38_143685_box7_Incident_Summaries_1-100
Agency: Department of War
Page 208
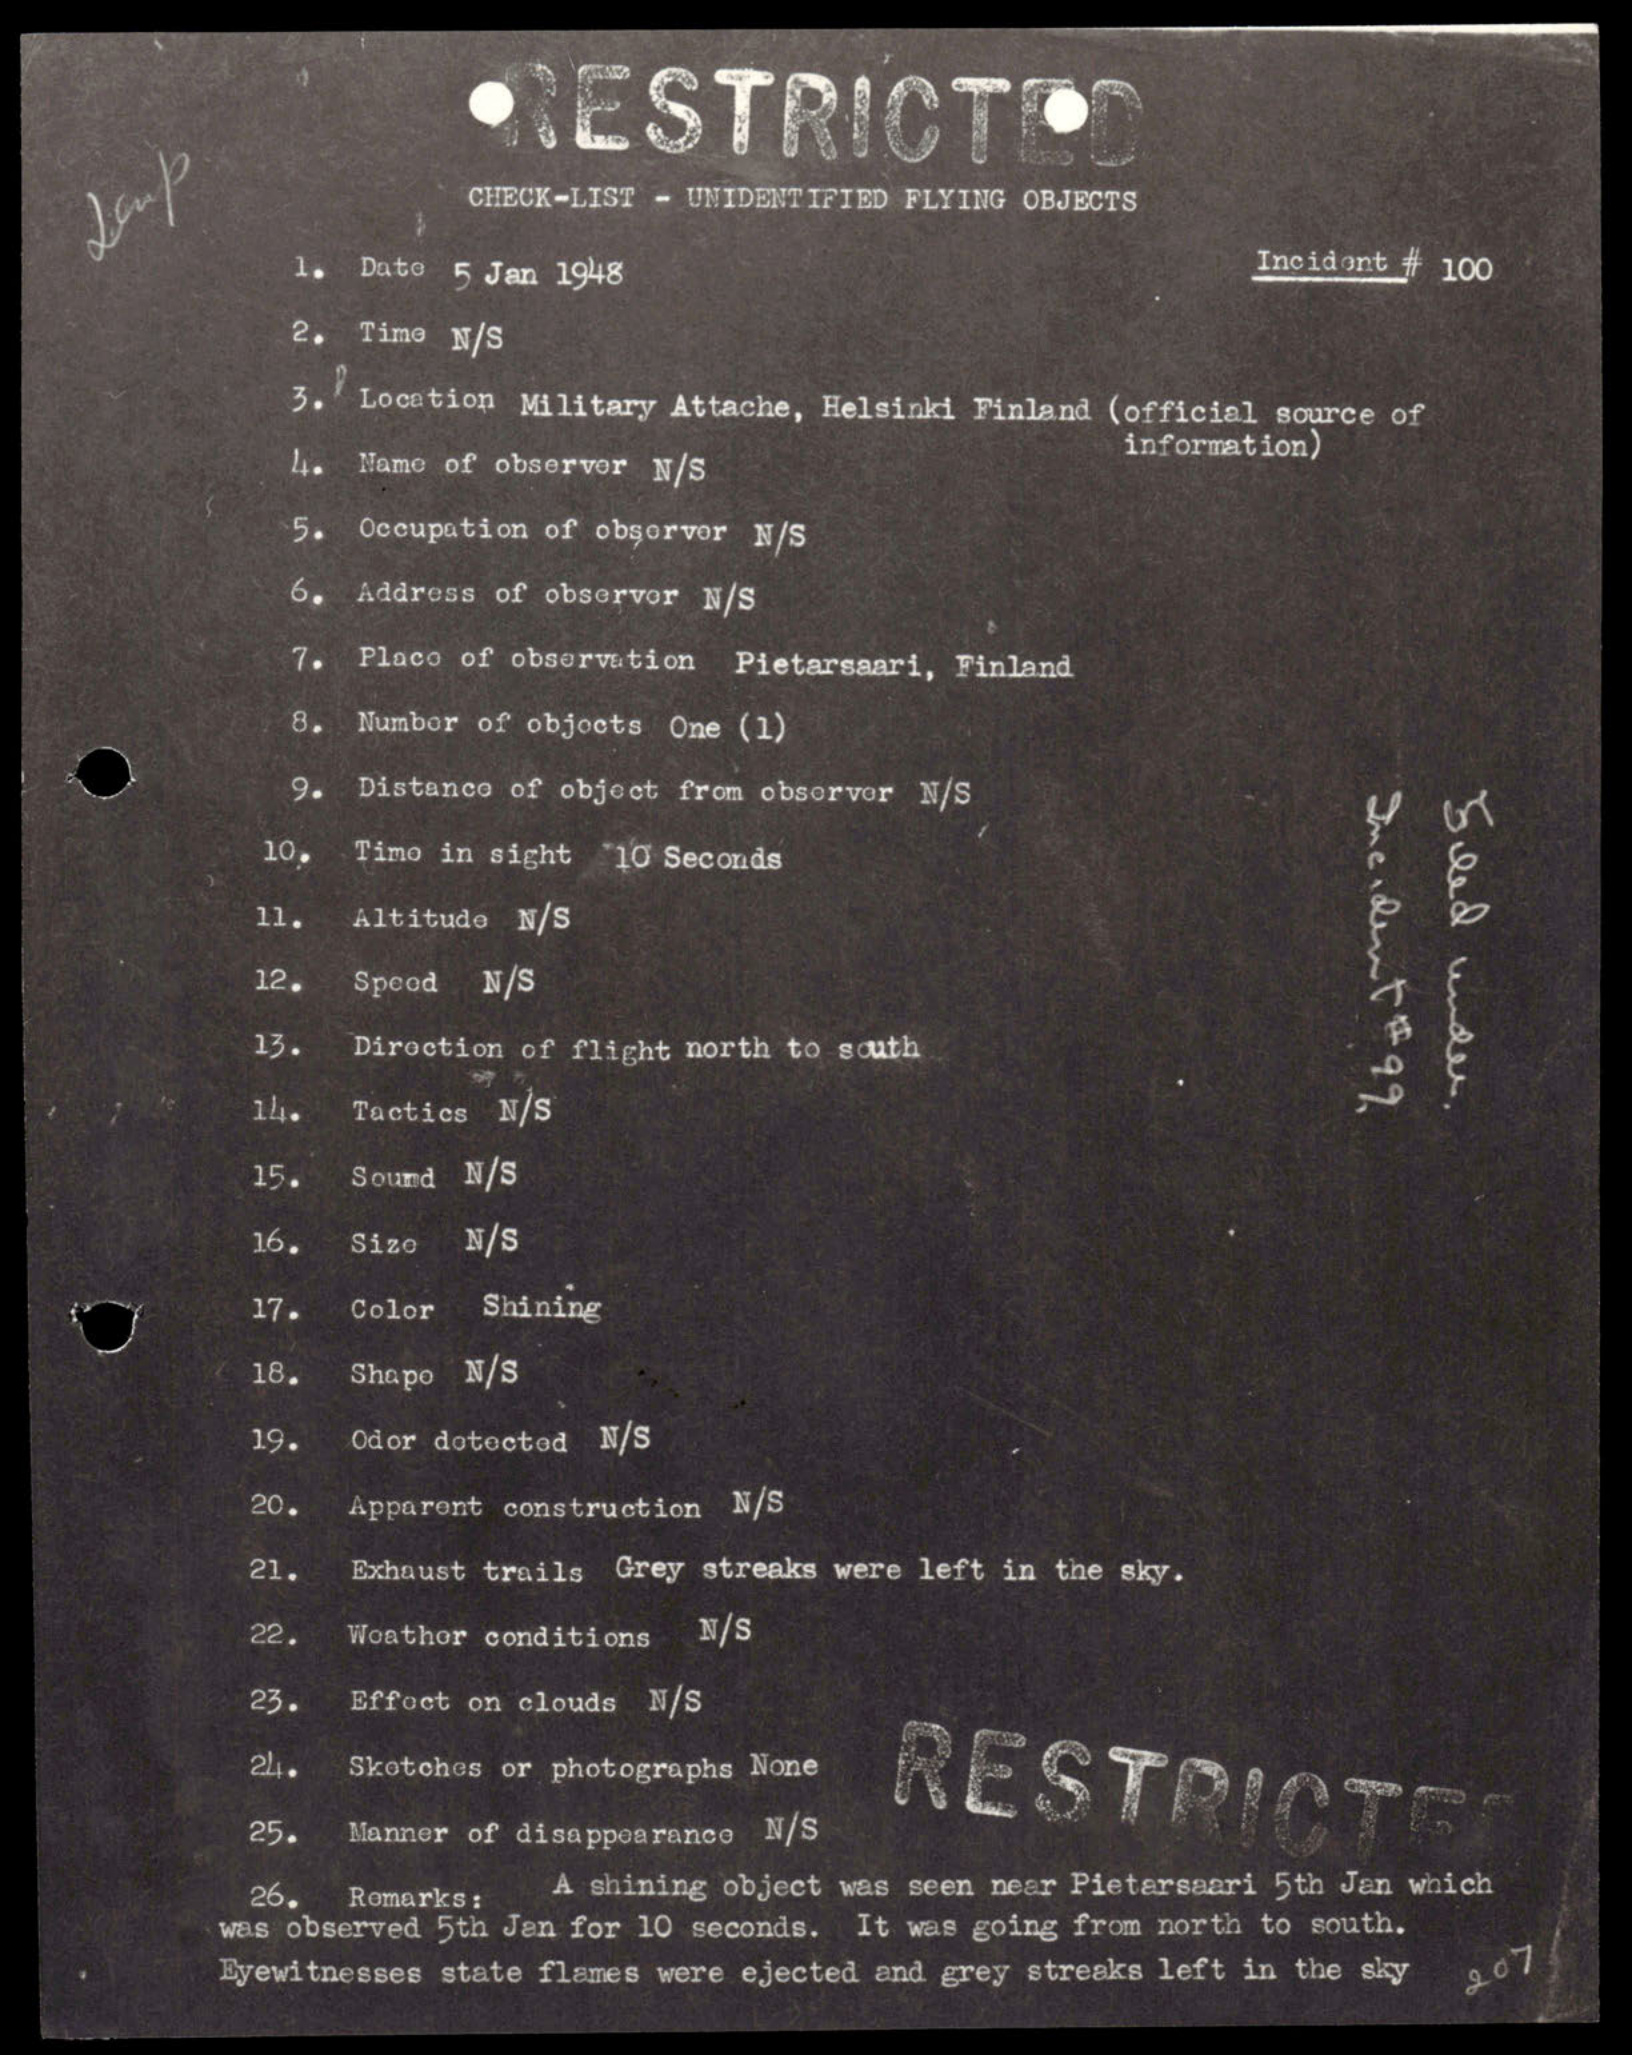